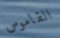
القاموس